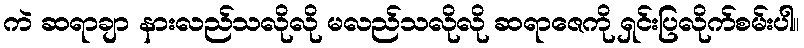
ကဲ ဆရာချာ နားလည်သလိုလို မလည်သလိုလို ဆရာဇေကို ရှင်းပြလိုက်စမ်းပါ။